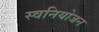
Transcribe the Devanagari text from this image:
स्वनियोजन